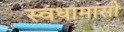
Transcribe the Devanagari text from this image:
स्वधामासी